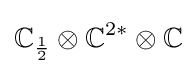
\mathbb {C} _{\frac {1}{2}}\otimes \mathbb {C} ^{2*}\otimes \mathbb {C}